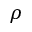
\rho